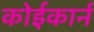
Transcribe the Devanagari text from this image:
कोईकार्न